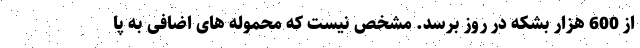
از 600 هزار بشکه در روز برسد. مشخص نیست که محموله های اضافی به پا